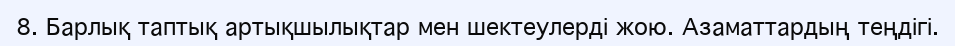
8. Барлық таптық артықшылықтар мен шектеулерді жою. Азаматтардың теңдігі.